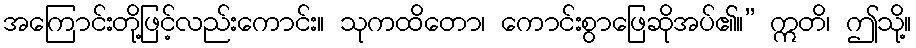
အကြောင်းတို့ဖြင့်လည်းကောင်း။ သုကထိတော၊ ကောင်းစွာဖြေဆိုအပ်၏။” ဣတိ၊ ဤသို့။